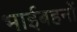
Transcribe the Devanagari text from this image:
भाईबहनों